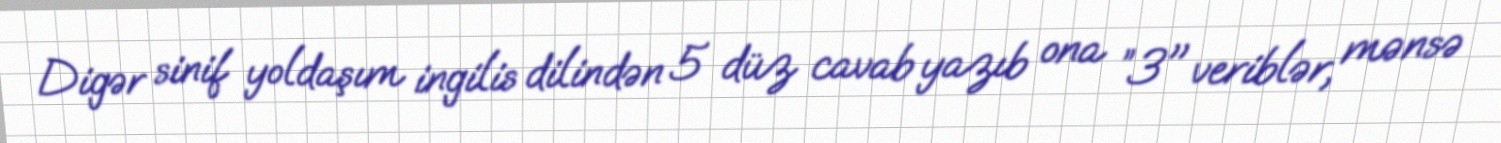
Digər sinif yoldaşım ingilis dilindən 5 düz cavab yazıb ona ”3" veriblər, mənsə